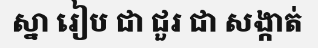
ស្នា រៀប ជា ជួរ ជា សង្កាត់